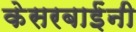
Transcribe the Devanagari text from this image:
केसरबाईंनी